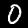
Digit: 0